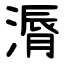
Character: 漘